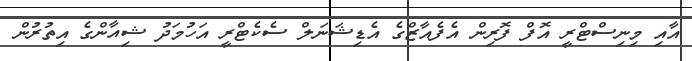
އާއި މިނިސްޓްރީ އޮފް ފޮރިން އެފެއާޒްގެ އެޑިޝަނަލް ސެކެޓްރީ އަހުމަދު ޝިއާންގެ އިތުރުން